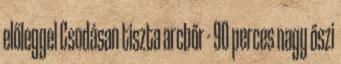
előleggel Csodásan tiszta arcbőr - 90 perces nagy őszi